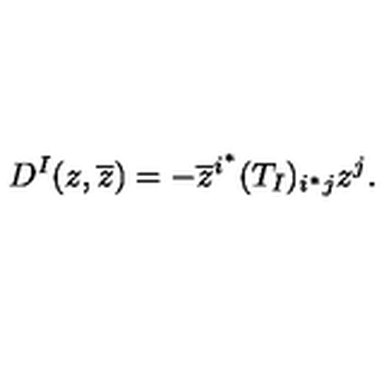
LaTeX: D ^ { I } ( z , \overline { z } ) = - \overline { z } ^ { i ^ { * } } ( T _ { I } ) _ { i ^ { * } j } z ^ { j } .